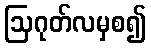
ဩဂုတ်လမှစ၍